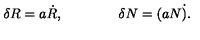
\delta R = a \dot { R } , \qquad \qquad \delta N = ( a N \dot { ) } .